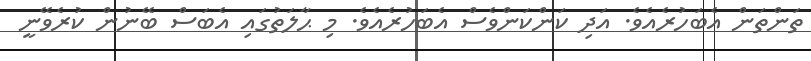
ތަންތަން އެބަހުރެއެވެ. އަދި ކަންކަންވެސް އެބަހުރެއެވެ. މި ޙާލަތުގައި އެބަސް ބޭނުން ކުރެވޭނީ